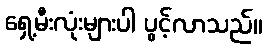
ရှေ့မီးလုံးများပါ ပွင့်လာသည်။